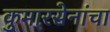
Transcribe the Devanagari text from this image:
कुमारसेनांचा